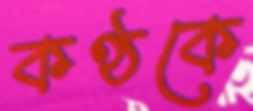
কণ্ঠকে